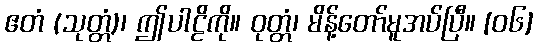
ဧတံ (သုတ္တံ)၊ ဤပါဠိကို။ ဝုတ္တံ၊ မိန့်တော်မူအပ်ပြီ။ [၀၆]